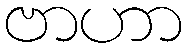
ဗာဟာ